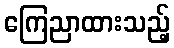
ကြေညာထားသည့်